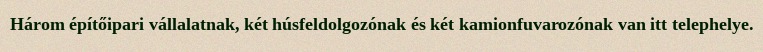
Három építőipari vállalatnak, két húsfeldolgozónak és két kamionfuvarozónak van itt telephelye.